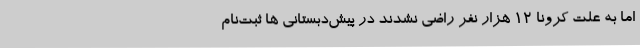
اما به علت کرونا 12 هزار نفر راضی نشدند در پیش‌دبستانی ها ثبت‌نام